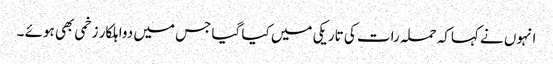
انہوں نے کہاکہ حملہ رات کی تاریکی میں کیا گیا جس میں دواہلکار زخمی بھی ہوئے ۔